Vaccination in Burma 1900-1911 - 1900-1911
Year: 1900
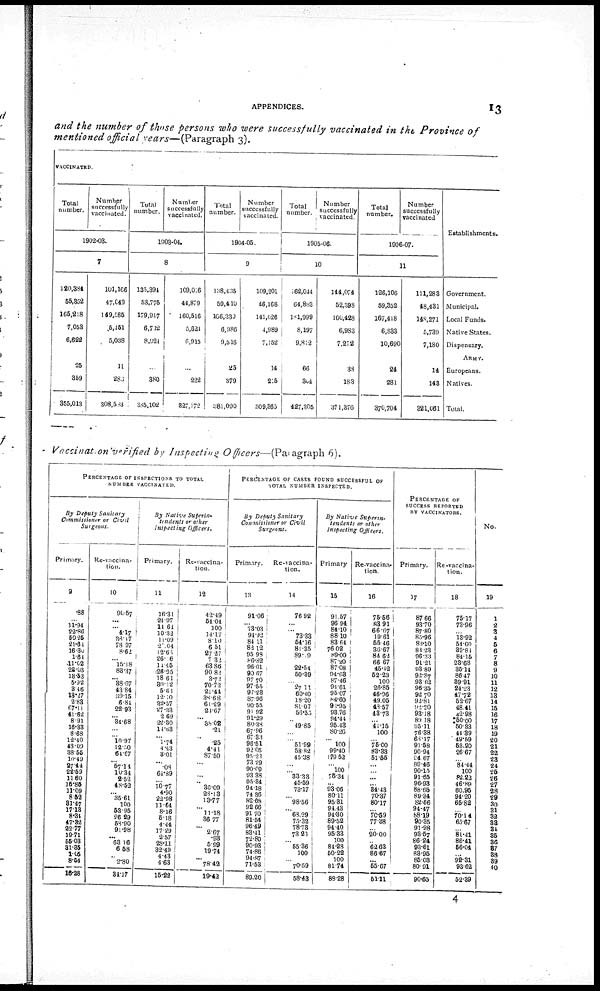
APPENDICES.
13
and the number of those persons who were successfully vaccinated in the Province of
mentioned official years—(Paragraph 3).
VACCINATED.
Total
number.
Number
successfully
vaccinated.
1902-03.
7
120,384
55,852
166,218
7,053
6,622
25
359
355,013
101,166
47,049
149,585
5,451
5,038
11
280
308,533
Total
number.
Number
successfully
vaccinated.
1903-04.
8
135,394
53,775
179,917
6,712
8,924
...
380
336,102
109,0:6
44,879
160,516
5,624
6,915
...
222
327,172
Total
number.
Number
successfully
vaccinated.
1904-05.
9
138,435
59,410
106,339
6,986
9,516
25
379
381,090
109,201
46,168
141,026
4,989
7,152
14
215
309,365
Total
number.
Number
successfully
vaccinated.
1905-06.
10
162,044
64,883
181,999
8,197
9,812
66
304
427,305
144,074
52,393
160,428
6,983
7,272
38
183
371,376
Total
number.
Number
successfully
vaccinated
1906-07.
11
126,106
59,352
167,418
6,833
10,690
24
281
370,704
111,283
48,431
148,271
5,739
7,180
14
143
321,061
Establishments.
Government.
Municipal.
Local Funds.
Native States.
Dispensary.
ARMY.
Europeans.
Natives.
Total.
Vaccination verified by Inspecting Officers—(Paragraph 6).
PERCENTAGE OF INSPECTIONS TO TOTAL
NUMBER VACCINATED.
By Deputy Sanitary
Commissioner or Civil
Surgeons.
Primary.
9
.88
...
11.94
22.86
50.26
21.61
16.30
1.61
11.02
23.03
18.53
5.32
3.46
13.27
2.83
67.11
41.62
8.91
16.33
8.63
12.40
43.09
38.55
10.49
27.44
22.59
11.60
15.85
11.09
8.52
81.47
17.13
8.31
47.32
22.77
19.71
55.08
31.35
1.05
8.64
16.28
Re-vaccina-
tion.
10
91.57
...
... 417
38.17
78.97
8.62
...
15.18
83.37
... 88.67
43.84
39.15
6.84
22.93
... 34.68
...
...
10.97
12.50
64.67
... 57.14
10.34
2.52
48.52
... 35.61
100
53.95
26.29
58.90
91.98
... 63.16
6.58
...
2.80
34.17
By Native Superin-
tendents or other
Inspecting Officers.
Primary.
11
16.31
.24.97
14.61
10.32
11.09
2.04
12.60
26.06
11.45
26.95
18.61
30.12
5.61
12.00
32.57
27.33
2.69
22.30
14.63
... 1.74
4.43
8.01
...
.08
64.39
...
10.77
4.90
22.98
11.64
8.16
6.18
4.44
17.29
2.57
28.11
32.40
4.48
4.63
16.22
Re-vaccina-
tion.
12
42.49
54.04
100
14.17
8.10
6.51
27.27
7.32
63.86
90.82
3.72
70.72
21.44
38.68
61.29
23.67
......
38.02
.21
...
25
4.41
87.50
...
...
...
...
36.09
28.13
13.77
...
11.18
36.77
...
2.67
.93
5.99
19.74
... 78.42
19.42
PERECNTAGE OF CASES FOUND SUCCESSFUL OF
TOTAL NUMBER INSPECTED.
By Deputy Sanitary
Commissioner or Civil
Surgeons.
Primary.
13
91.06
...
73.03
91.92
84.11
82.12
95.98
86.82
96.01
90.67
97.70
97.55
97.28
87.96
90.55
91.92
91.29
80.38
67.96
67.33
96.51
92.05
95.21
73.29
90.09
93.38
95.84
94.18
74.86
82.68
92.66
91.70
81.54
96.49
88.11
72.80
90.93
74.86
94.87
71.53
89.20
Re-vaccina-
tion.
14
76.92
...
...
73.33
54.16
81.35
89.09
...
22.54
50.89
...
27.11
60.40
18.20
81.07
56.55
...
49.85
...
...
51.99
58.82
45.38
...
...
33.33
45.59
73.17
...
98.56
...
63.29
75.32
78.78
73.23
...
55.36
100
...
70.59
58.43
By Native
Superin-
tendents or other
Inspecting Officers.
Primary
15
91.57
96.94
84.10
88.10
83.64
76.02
89.00
87.20
87.08
94.63
87.46
94.61
95.07
84.60
91.95
98.76
94.44
95.43
80.26
...
100
99.40
179.52
.. 100
75.34
...
93.06
80.11
95.31
94.43
94.30
89.52
94.40
95.33
100
84.28
50.22
100
81.74
83.28
Re-vaccina-
tion.
16
75.56
88.91
66.67
19.61
55.46
30.67
84.62
66.67
45.42
52.23
100
26.85
46.96
49.05
48.57
43.73
... 41.15
100
...
75.00
83.38
51.55
...
...
...
...
34.43
70.37
80.17
...
70.59
77.38
...
20.00
...
62.63
86.67
...
55.67
51.11
1
PERCENTAGE OF
SUCCESS REPORTED
BY VACCINATORS.
Primary.
17
87.66
93.70
87.80
85.96
88.10
81.23
96.33
91.21
98.89
92.87
93.62
96.35
92.70
92.81
92.20
93.18
89.18
95.11
76.38
68.17
91.68
90.94
94.67
89.46
90.15
91.65
96.93
88.65
89.34
82.66
94.47
68.19
90.35
91.98
93.67
86.24
93.61
88.95
85.03
80.91
90.65
Re-vaccina-
tion.
18
75.17
73.96
...
13.92
54.60
89.81
84.16
28.68
35.14
86.47
39.91
24.23
47.72
52.67
48.41
42.98
50.00
50.83
44.39
49.69
53.20
26.67
...
84.44
100
82.23
46.89
60.96
94.20
65.82
...
70.4
65.67
... 81.41
86.41
56.04
...
92.31
93.62
52.39
No.
19
1
2
3
4
5
6
7
8
9
10
11
12
13
14
15
16
17
18
19
20
21
22
23
24
25
26
27
28
29
30
31
32
33
34
36
36
37
38
39
40
4